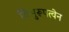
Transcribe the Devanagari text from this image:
विभुरूपत्वेन